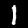
Label: 1